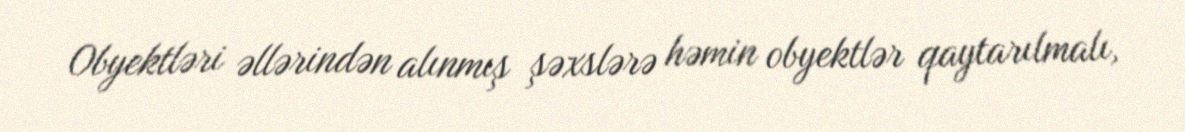
Obyektləri əllərindən alınmış şəxslərə həmin obyektlər qaytarılmalı,